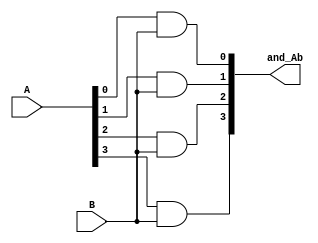
`timescale 1ns / 1ps

module and_AB( input [3:0] A, input B, output reg [3:0] and_Ab);
integer i;  
always@(A,B)
begin
    for(i=0; i<4; i=i+1)
        begin
        and_Ab[i]=A[i]&B;
        end
end//end initial
endmodule